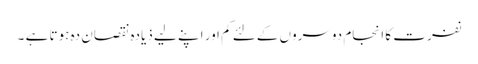
نفرت کا انجام دوسروں کےلئے کم اور اپنے لیے ذیادہ نقصان دہ ہوتا ہے ۔